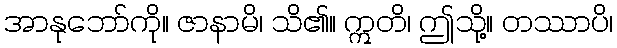
အာနုဘော်ကို။ ဇာနာမိ၊ သိ၏။ ဣတိ၊ ဤသို့။ တဿာပိ၊